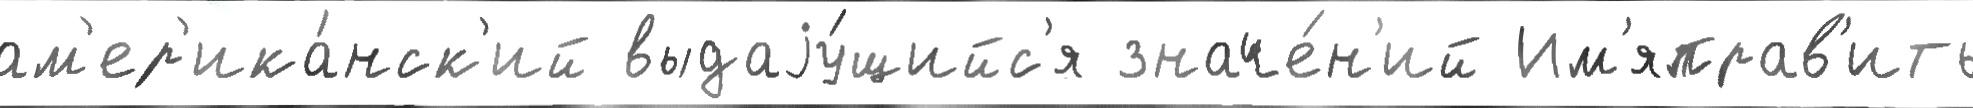
ам'ер'ика́нск'ий выдаjу́щийс'я значе́н'ий Им'яправ'ить